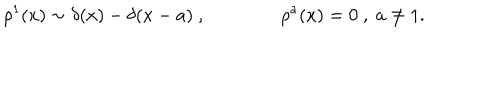
LaTeX: \rho ^ { 1 } ( x ) \sim \delta ( x ) - \delta ( x - a ) \ , \qquad \qquad \rho ^ { a } ( x ) = 0 \ , \ a \neq 1 .